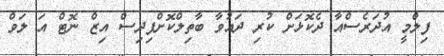
ފިލްމީ އުދަރެސްއާ ދެކޮޅަށް ކުރި ދައުވާ ބާތިލްކޮށްފިދިސް އިޒް ނޮޓް އަ ލަވް